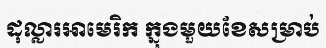
ដុល្លារអាមេរិក ក្នុងមួយខែសម្រាប់